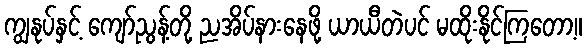
ကျွနုပ်နှင့် ကျော်ညွန့်တို့ ညအိပ်နားနေဖို့ ယာယီတဲပင် မထိုးနိုင်ကြတော့။